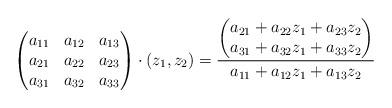
LaTeX: \begin{align*}\begin{pmatrix}a_{11} &a_{12} &a_{13}\\a_{21} &a_{22} &a_{23}\\a_{31} &a_{32} &a_{33}\end{pmatrix} \cdot (z_1, z_2) = \frac{\begin{pmatrix}a_{21} +a_{22}z_1 +a_{23}z_2\\a_{31} +a_{32}z_1 + a_{33}z_2\end{pmatrix}}{a_{11} +a_{12} z_1+ a_{13}z_2}\end{align*}